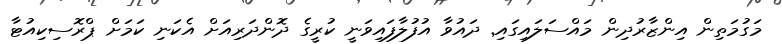
މަގުމަތިން އިންޒާރުދިން މައްސަލައިގައި